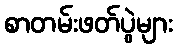
စာတမ်းဖတ်ပွဲများ